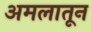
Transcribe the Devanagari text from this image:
अमलातून